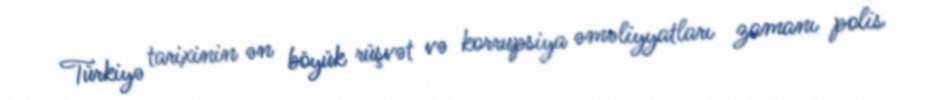
Türkiyə tarixinin ən böyük rüşvət və korrupsiya əməliyyatları zamanı polis